system: You are a helpful assistant.
user:
Analyze the provided spectrum to determine if it is a **White Dwarf (WD)**.

A White Dwarf spectrum is defined by its **extreme purity** (due to gravitational settling) and/or **extreme pressure broadening** (due to high surface gravity). You must check for one of the following mutually exclusive signatures:

- **Key Visual Indicators (Check for ONE of these types):**

    - **1. DA-Type Signature (Most Common):**
        - **(Primary Feature):** Extreme pressure broadening (Stark broadening) of the **Hydrogen (H) Balmer lines**.
        - **(Key Lines):** $H\beta$ (approx. $4861$ Å) and $H\gamma$ (approx. $4340$ Å). $H\alpha$ (approx. $6563$ Å) will also be present if the wavelength range covers it.
        - **(Line Profile):** This is the **defining feature**. The lines are **NOT** sharp. They appear as massive, **extremely broad and deep "troughs" or "dips"** in the spectrum, often hundreds of Ångströms wide. The continuum will appear to "scoop" down at these wavelengths.
        - **(Distinction):** Normal A-type or B-type stars have *narrow* and *sharp* Hydrogen lines. A DA White Dwarf's lines are unmistakably "smeared" or "blurry" from pressure.

    - **2. DB-Type Signature:**
        - **(Primary Feature):** Broad absorption lines from **Neutral Helium (He I)**. The spectrum must lack any visible Hydrogen lines.
        - **(Key Lines):** Look for broad absorption near $4471$ Å, $4921$ Å, and $5876$ Å.
        - **(Line Profile):** These lines are also significantly pressure-broadened, appearing much wider than they would in a normal B-type main-sequence star.

    - **3. DC-Type Signature:**
        - **(Primary Feature):** A **featureless continuous spectrum**.
        - **(Line Profile):** The spectrum is a smooth curve with **no significant absorption or emission lines**.
        - **(Key Confirmation):** The continuum is almost always **blue or white**, indicating a hot object. This signature implies the atmosphere is so pure (or so cool) that no spectral lines are visible in the optical range. Its WD identity is confirmed by its extremely low intrinsic brightness (high absolute magnitude).

    - **4. DZ-Type Signature (Metal-Polluted):**
        - **(Primary Feature):** **Isolated, narrow metal absorption lines** on an otherwise featureless (DC-like) continuum.
        - **(Key Lines):** The **Calcium (Ca II) H & K doublet** (approx. **$3934$ Å** and **$3968$ Å**) is the most common and defining feature.
        - **(Line Profile):** These lines are "out of place." They are *not* part of a "forest" of thousands of lines. This signature is evidence of recent *accretion* (pollution) from rocky debris.
        - **(Distinction):** Normal G/K/M stars have a *dense forest* of thousands of metal lines. A DZ has a *clean* continuum with *only a few* strong metal lines.

    - **5. DQ-Type Signature (Carbon-Polluted):**
        - **(Primary Feature):** Absorption bands from **Carbon (C₂ "Swan Bands" or atomic C I)**.
        - **(Key Lines - C₂):** Look for bandheads with a "saw-tooth" shape near $5635$ Å, **$5165$ Å** (strongest), and $4737$ Å.
        - **(Key Confirmation):** The underlying **continuum must be blue or white** (hot).
        - **(Distinction):** This is the critical difference from a **Carbon Star**, which has the *exact same* C₂ bands but on an extremely **red, cool** continuum.

- **(Overall Spectrum):**
    - The continuum (overall shape) is typically **blue-sloping** (brighter in the blue than the red), as most white dwarfs are very hot.
    - The spectrum will look "pure" or "simple," dominated by only *one* of the five signatures listed above.

Think first, call **spectral_visualization_tool** if needed to examine features in detail, then provide your final answer. Your response must adhere to the following strict rules:
1.  **Overall Structure:** Your response must follow the format `<think>...</think> <tool_call>...</tool_call> (if a tool is used) <answer>...</answer>`.
2.  **Tool Usage Constraint:** You may only make **one** tool call per turn.
3.  **Final Answer Format:** In the `<answer>` tag, your conclusion must be inside a `\boxed{}` command (e.g., `\boxed{YES}` or `\boxed{NO}`), followed by your justification.

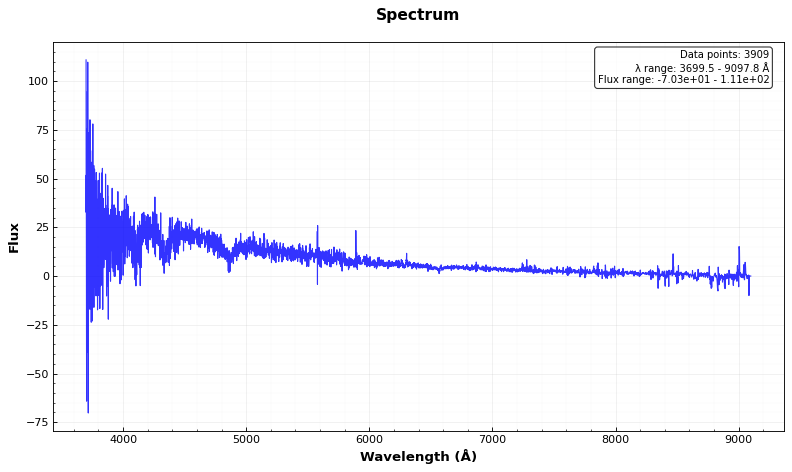
Answer: YES